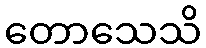
တောသေသိ